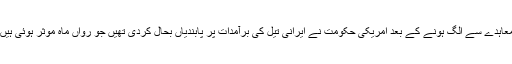
معاہدے سے الگ ہونے کے بعد امریکی حکومت نے ایرانی تیل کی برآمدات پر پابندیاں بحال کردی تھیں جو رواں ماہ موثر ہوئی ہیں۔